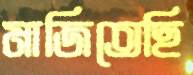
মাজিতেছি